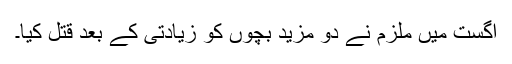
اگست میں ملزم نے دو مزید بچوں کو زیادتی کے بعد قتل کیا۔